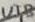
Text: U1B